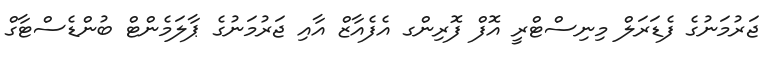
ޖަރުމަނުގެ ފެޑަރަލް މިނިސްޓްރީ އޮފް ފޮރިންގ އެފެއާޒް އާއި ޖަރުމަނުގެ ޕާލަމެންޓް ބުންޑެސްޓާގް